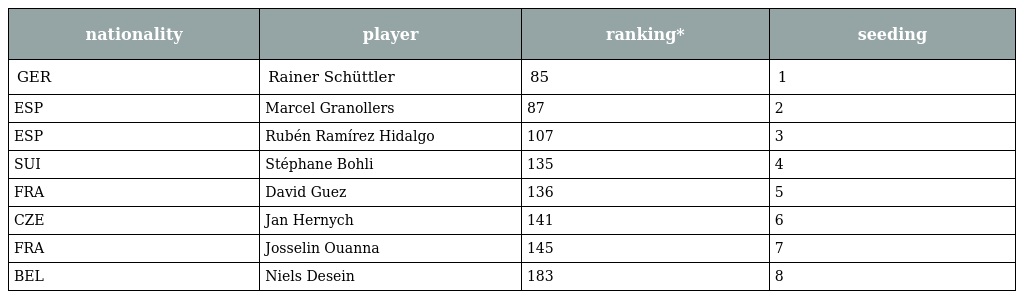
| nationality | player | ranking* | seeding |
 | --- | --- | --- | --- |
 | GER | Rainer Schüttler | 85 | 1 |
 | ESP | Marcel Granollers | 87 | 2 |
 | ESP | Rubén Ramírez Hidalgo | 107 | 3 |
 | SUI | Stéphane Bohli | 135 | 4 |
 | FRA | David Guez | 136 | 5 |
 | CZE | Jan Hernych | 141 | 6 |
 | FRA | Josselin Ouanna | 145 | 7 |
 | BEL | Niels Desein | 183 | 8 |